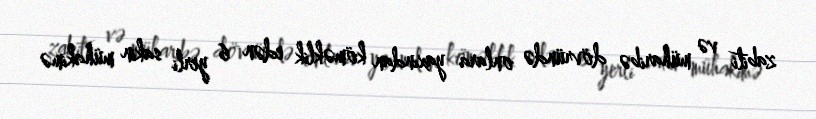
zabiti və müharibə dövründə onlara yaxından köməklik edən 6 yerli sakin mühakimə